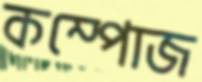
কম্পোজ